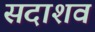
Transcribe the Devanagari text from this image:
सदाशव